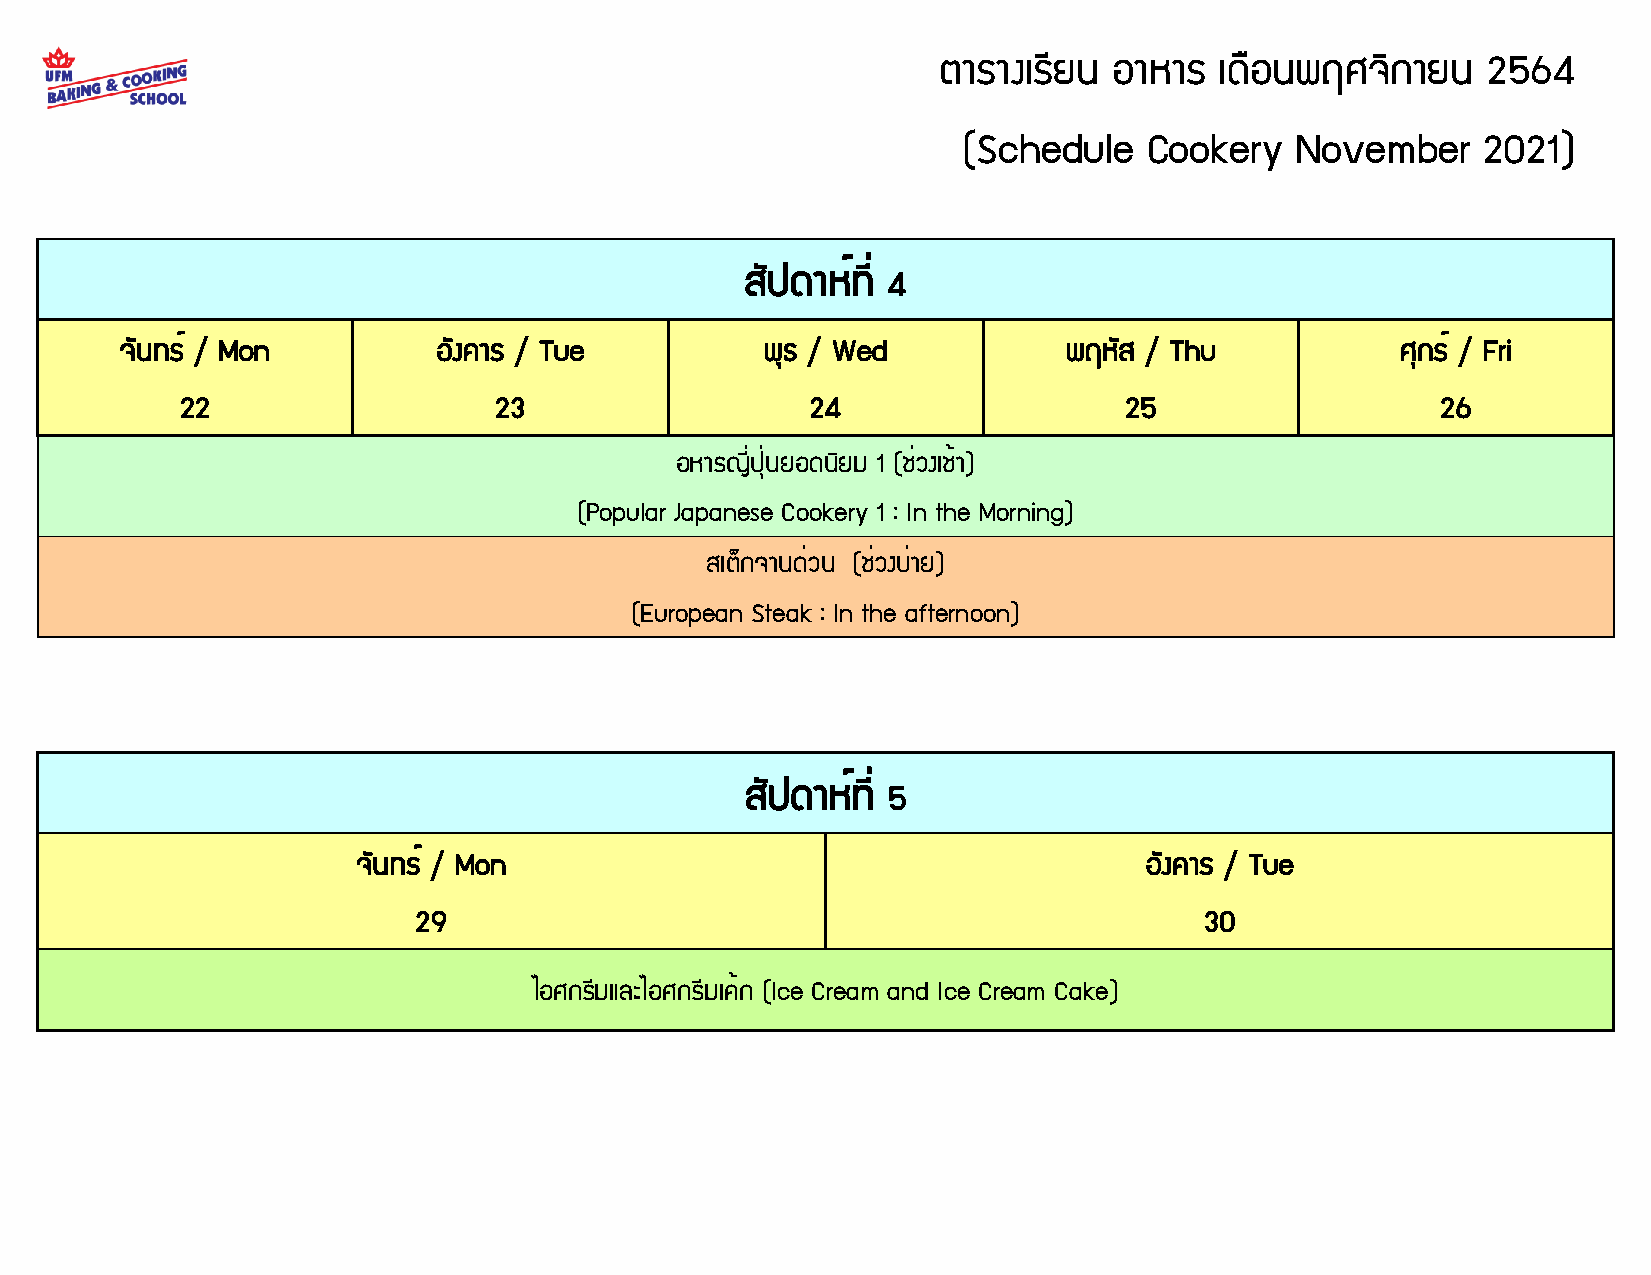
ตารางเรียน  อาหาร  เดือนพฤศจิกายน   2564
 (Schedule   Cookery   November    2021)
 สปั ดาหท์ ี่
 4
 จนั ทร ์ / Mon       องั คาร / Tue         พธุ / Wed           พฤหสั / Thu           ศกุ ร ์ / Fri
 22                   23                   24                  25                   26
 อหารญี่ปนุ่ ยอดนยิ ม 1 (ช่วงเชา้ )
 (Popular Japanese Cookery 1 : In the Morning)
 สเตก็ จานด่วน (ช่วงบ่าย)
 (European Steak : In the afternoon)
 สปั ดาหท์ ี่
 5
 จนั ทร ์ / Mon                                      องั คาร / Tue
 29                                                   30
 ไอศกรีมและไอศกรีมเค้ก (Ice Cream and Ice Cream Cake)